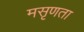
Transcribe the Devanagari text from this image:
मसृणता